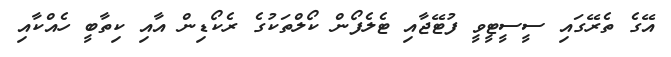
އޭގެ ތެރޭގައި ސީސީޓީވީ ފުޓޭޖާއި ޓެލެފޯން ކޯލްތަކުގެ ރެކޯޑިން އާއި ކިތާބީ ހެއްކާއި